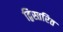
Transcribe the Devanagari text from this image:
द्विस्तरित